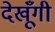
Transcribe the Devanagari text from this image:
देखूँगी